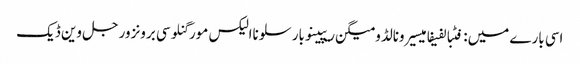
اسی بارے میں: فٹبالفیفامیسیرونالڈومیگن ریپینوبارسلوناالیکس مورگنلوسی برونزورجل وین ڈیک